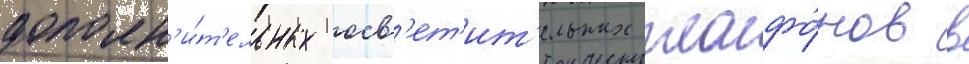
дополн'и́т'ельных осв'ет'ит'ельных плафо́нов в